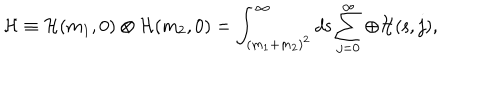
{ \mathcal H } \equiv { \mathcal H } ( m _ { 1 } , 0 ) \otimes { \mathcal H } ( m _ { 2 } , 0 ) = \int _ { ( m _ { 1 } + m _ { 2 } ) ^ { 2 } } ^ { \infty } d { \mathsf { s } } \sum _ { j = 0 } ^ { \infty } \oplus { \mathcal H } ( { \mathsf { s } } , j ) ,